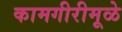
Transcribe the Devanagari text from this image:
कामगीरीमूळे